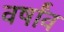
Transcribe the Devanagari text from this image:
वर्षांव